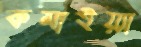
কমাইয়্যা